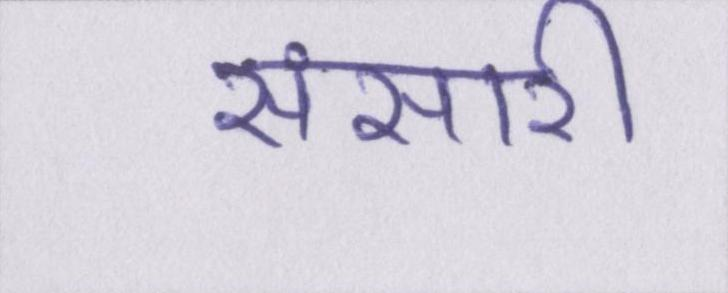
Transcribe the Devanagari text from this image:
संसारी